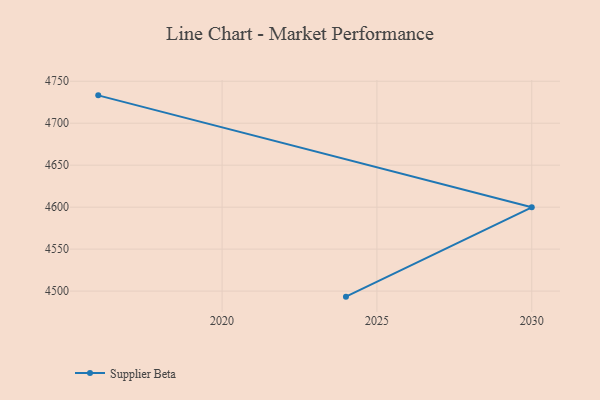
{"axis": {"x": "Year", "y": "Production Output"}, "legend": ["Supplier Beta"], "data": [{"x": "2024", "y": 4493.4, "type": "Supplier Beta"}, {"x": "2030", "y": 4599.8, "type": "Supplier Beta"}, {"x": "2016", "y": 4733.2, "type": "Supplier Beta"}]}